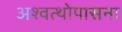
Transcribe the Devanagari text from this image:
अश्वत्थोपासना